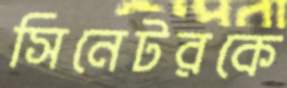
সিনেটরকে